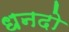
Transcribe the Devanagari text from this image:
धनदो